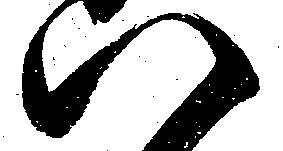
八